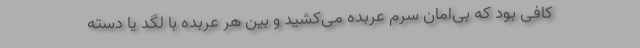
کافی بود که بی‌امان سرم عربده می‌کشید و بین هر عربده با لگد یا دسته